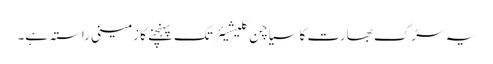
یہ سڑک بھارت کا سیاچن گلیشیئر تک پہنچنے کا زمینی راستہ ہے۔